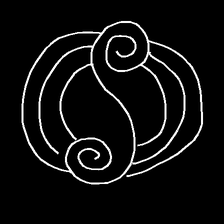
Glyph: wind-underfoot